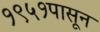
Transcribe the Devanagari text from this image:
१९५१पासून